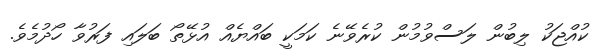
ކުއްޖަކު ލިބުން ލަސްވުމުން ކުރެވޭނެ ކަމަކީ ބައްޔެއް އުޅޭތޯ ބަލައި ފަރުވާ ހޯދުމެވެ.